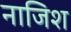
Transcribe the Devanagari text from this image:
नाजिश